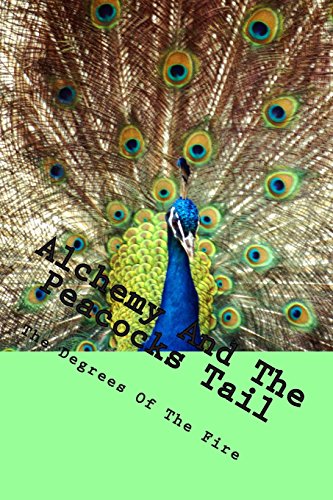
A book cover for Alchemy And The Peacocks Tail: The Degrees of The Fire (Volume 3); Steven School; Religion & Spirituality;